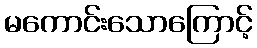
မကောင်းသောကြောင့်